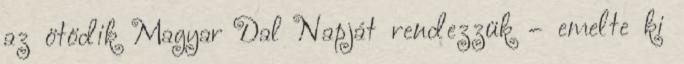
az ötödik Magyar Dal Napját rendezzük – emelte ki